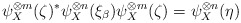
\begin{align*} \psi_X^{\otimes m} (\zeta)^* \psi_X^{\otimes n} (\xi_\beta) \psi_X^{\otimes m} ( \zeta) = \psi_X^{\otimes n} ( \eta)\end{align*}